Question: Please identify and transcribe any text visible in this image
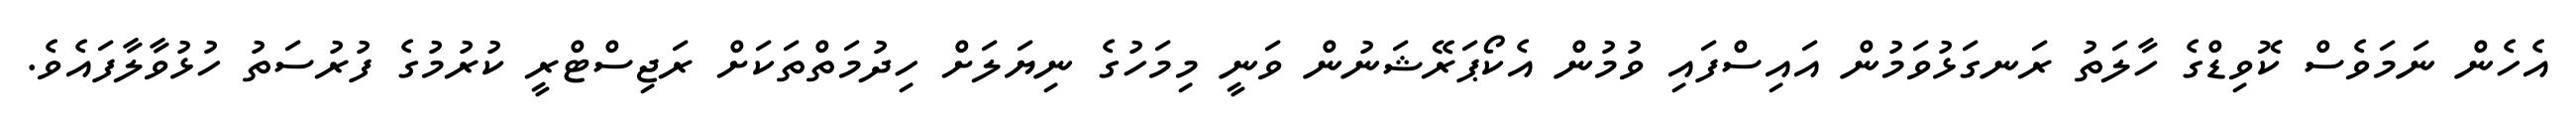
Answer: އެހެން ނަމަވެސް ކޮވިޑްގެ ހާލަތު ރަނގަޅުވަމުން އައިސްފައި ވުމުން އެކޯޕަރޭޝަނުން ވަނީ މިމަހުގެ ނިޔަލަށް ހިދުމަތްތަކަށް ރަޖިސްޓްރީ ކުރުމުގެ ފުރުސަތު ހުޅުވާލާފައެވެ.